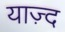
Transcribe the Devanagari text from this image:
याज़्द